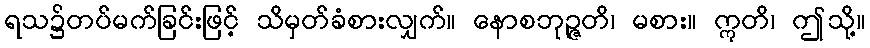
ရသ၌တပ်မက်ခြင်းဖြင့် သိမှတ်ခံစားလျှက်။ နောစဘုဉ္ဇတိ၊ မစား။ ဣတိ၊ ဤသို့။